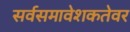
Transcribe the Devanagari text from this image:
सर्वसमावेशकतेवर